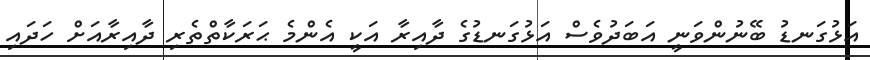
އަޅުގަނޑު ބޭނުންވަނީ އަބަދުވެސް އަޅުގަނޑުގެ ދާއިރާ އަކީ އެންމެ ޙަރަކާތްތެރި ދާއިރާއަށް ހަދައި